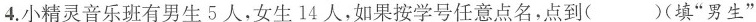
4.小精灵音乐班有男生5人，女生14人，如果按学号任意点名，点到( )(填”男生”